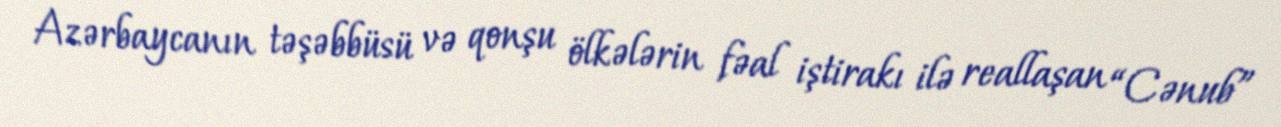
Azərbaycanın təşəbbüsü və qonşu ölkələrin fəal iştirakı ilə reallaşan “Cənub”